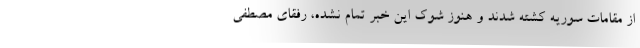
از مقامات سوریه کشته شدند و هنوز شوک این خبر تمام نشده، رفقای مصطفی